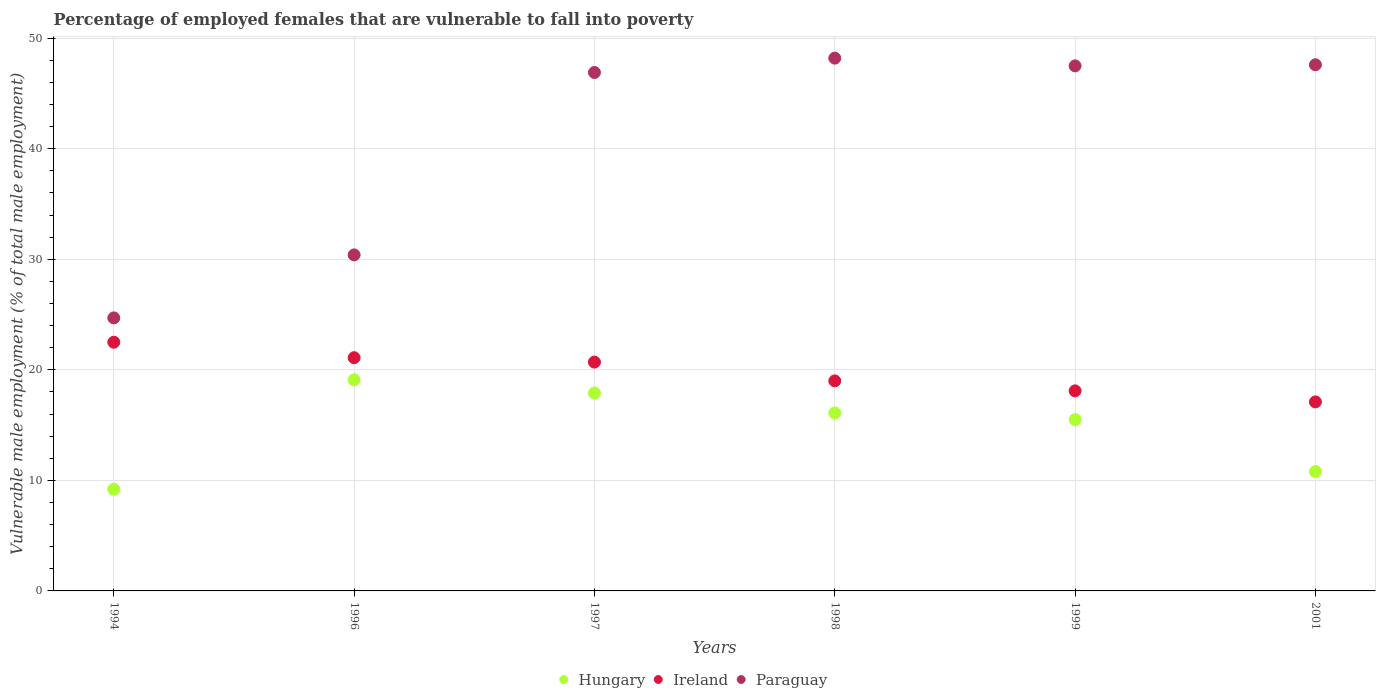
| Years | Hungary | Ireland | Paraguay |
 | --- | --- | --- | --- |
 | 1994 | 9.2 | 22.5 | 24.7 |
 | 1996 | 19.1 | 21.1 | 30.4 |
 | 1997 | 17.9 | 20.7 | 46.9 |
 | 1998 | 16.1 | 19 | 48.2 |
 | 1999 | 15.5 | 18.1 | 47.5 |
 | 2001 | 10.8 | 17.1 | 47.6 |